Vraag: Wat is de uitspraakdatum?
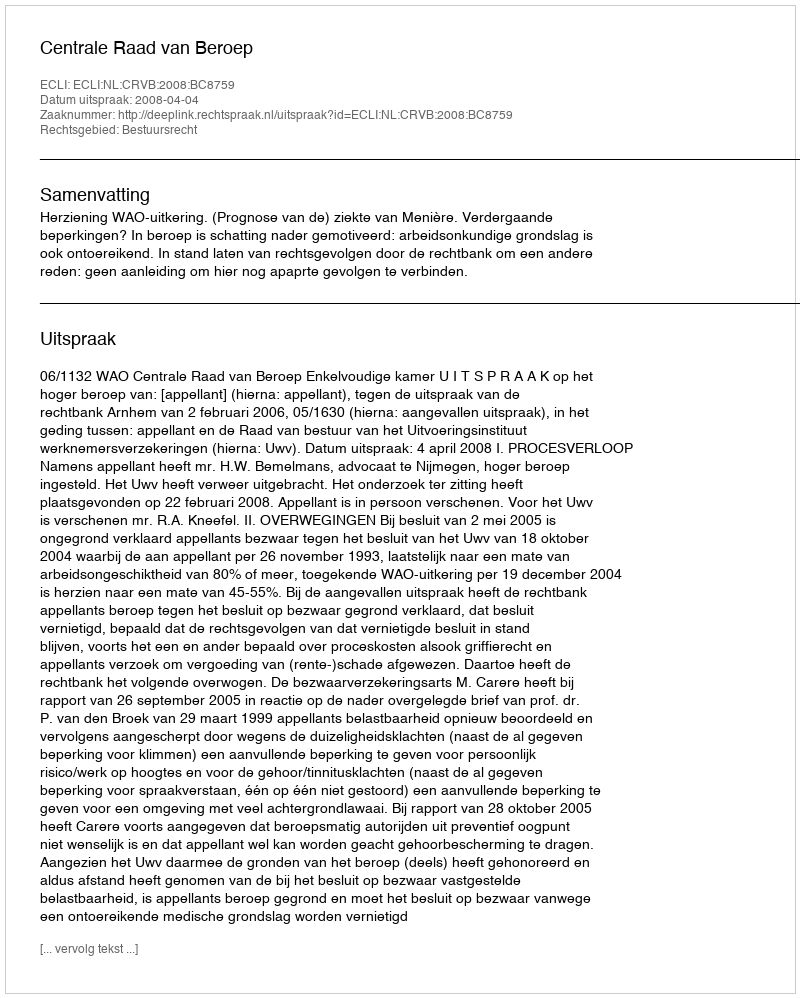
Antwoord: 2008-04-04